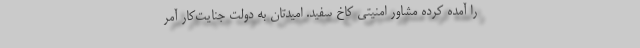
را آمده کرده مشاور امنیتی کاخ سفید. امیدتان به دولت جنایت‌کار آمر